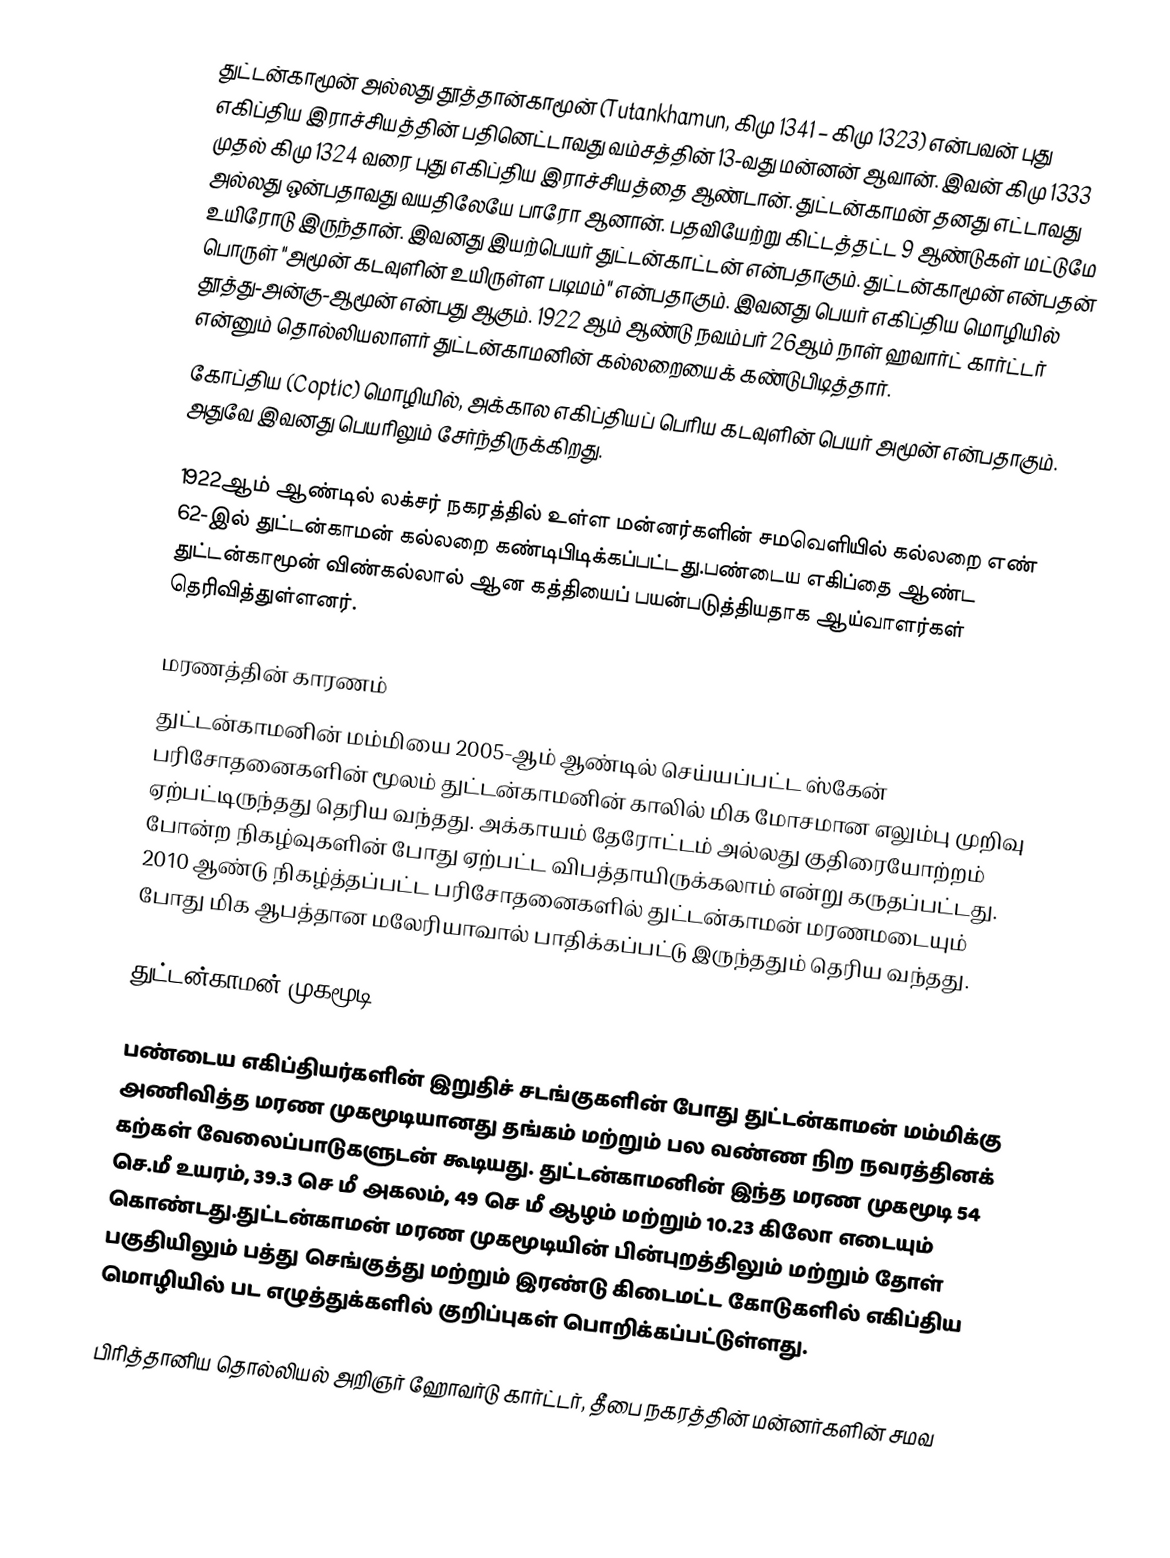
துட்டன்காமூன் அல்லது தூத்தான்காமூன் (Tutankhamun, கிமு 1341 – கிமு 1323) என்பவன் புது எகிப்திய இராச்சியத்தின் பதினெட்டாவது வம்சத்தின் 13-வது மன்னன் ஆவான். இவன் கிமு 1333 முதல் கிமு 1324 வரை புது எகிப்திய இராச்சியத்தை  ஆண்டான். துட்டன்காமன் தனது எட்டாவது அல்லது ஒன்பதாவது வயதிலேயே பாரோ ஆனான். பதவியேற்று கிட்டத்தட்ட 9 ஆண்டுகள் மட்டுமே உயிரோடு இருந்தான். இவனது இயற்பெயர் துட்டன்காட்டன் என்பதாகும். துட்டன்காமூன் என்பதன் பொருள் "அமூன் கடவுளின் உயிருள்ள படிமம்" என்பதாகும். இவனது பெயர் எகிப்திய மொழியில் தூத்து-அன்கு-ஆமூன் என்பது ஆகும். 1922 ஆம் ஆண்டு நவம்பர் 26ஆம் நாள் ஹவார்ட் கார்ட்டர் என்னும் தொல்லியலாளர்  துட்டன்காமனின் கல்லறையைக் கண்டுபிடித்தார்.
கோப்திய (Coptic) மொழியில், அக்கால எகிப்தியப் பெரிய கடவுளின் பெயர் அமூன் என்பதாகும். அதுவே இவனது பெயரிலும் சேர்ந்திருக்கிறது.

1922ஆம் ஆண்டில் லக்சர் நகரத்தில் உள்ள மன்னர்களின் சமவெளியில் கல்லறை எண் 62-இல் துட்டன்காமன் கல்லறை கண்டிபிடிக்கப்பட்டது.பண்டைய எகிப்தை ஆண்ட  துட்டன்காமூன் விண்கல்லால் ஆன கத்தியைப் பயன்படுத்தியதாக ஆய்வாளர்கள் தெரிவித்துள்ளனர்.

மரணத்தின் காரணம்
துட்டன்காமனின் மம்மியை 2005-ஆம் ஆண்டில் செய்யப்பட்ட ஸ்கேன் பரிசோதனைகளின் மூலம் துட்டன்காமனின் காலில் மிக மோசமான எலும்பு முறிவு ஏற்பட்டிருந்தது தெரிய வந்தது. அக்காயம் தேரோட்டம் அல்லது குதிரையோற்றம் போன்ற நிகழ்வுகளின் போது ஏற்பட்ட விபத்தாயிருக்கலாம் என்று கருதப்பட்டது. 2010 ஆண்டு நிகழ்த்தப்பட்ட பரிசோதனைகளில் துட்டன்காமன் மரணமடையும் போது மிக ஆபத்தான மலேரியாவால் பாதிக்கப்பட்டு இருந்ததும் தெரிய வந்தது.

துட்டன்காமன் முகமூடி

பண்டைய எகிப்தியர்களின் இறுதிச் சடங்குகளின் போது துட்டன்காமன் மம்மிக்கு அணிவித்த மரண முகமூடியானது தங்கம் மற்றும் பல வண்ண நிற நவரத்தினக் கற்கள் வேலைப்பாடுகளுடன் கூடியது. துட்டன்காமனின் இந்த மரண முகமூடி 54 செ.மீ உயரம், 39.3 செ மீ அகலம், 49 செ மீ ஆழம் மற்றும் 10.23 கிலோ எடையும் கொண்டது.துட்டன்காமன் மரண முகமூடியின்  பின்புறத்திலும் மற்றும் தோள் பகுதியிலும் பத்து செங்குத்து மற்றும் இரண்டு கிடைமட்ட கோடுகளில் எகிப்திய மொழியில் பட எழுத்துக்களில் குறிப்புகள் பொறிக்கப்பட்டுள்ளது.

பிரித்தானிய தொல்லியல் அறிஞர் ஹோவர்டு கார்ட்டர், தீபை நகரத்தின் மன்னர்களின் சமவ